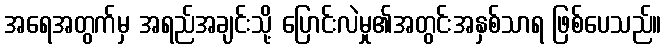
အရေအတွက်မှ အရည်အချင်းသို့ ပြောင်းလဲမှု၏အတွင်းအနှစ်သာရ ဖြစ်ပေသည်။